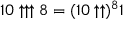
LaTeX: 1 0 \uparrow \uparrow \uparrow 8 = ( 1 0 \uparrow \uparrow ) ^ { 8 } 1